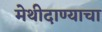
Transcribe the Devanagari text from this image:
मेथीदाण्याचा